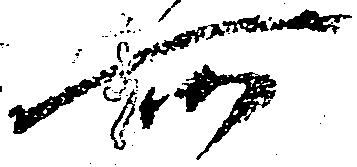
所